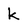
Character: k